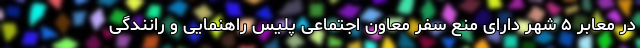
در معابر ۵ شهر دارای منع سفر معاون اجتماعی پلیس راهنمایی و رانندگی